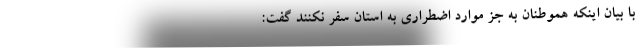
با بیان اینکه هموطنان به جز موارد اضطراری به استان سفر نکنند گفت: